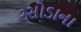
રસોડાના